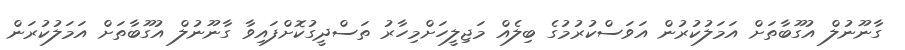
ގާނޫނުލް އުގޫބާތަށް އަމަލުކުރުން އަވަސްކުރުމުގެ ބިލެއް މަޖިލީހަށްމިހާރު ތަސްދީގުކޮށްފައިވާ ގާނޫނުލް އުގޫބާތަށް އަމަލުކުރަން